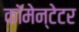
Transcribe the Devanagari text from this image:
कॉमेन्टेटर